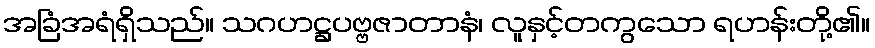
အခြံအရံရှိသည်။ သဂဟဋ္ဌပဗ္ဗဇာတာနံ၊ လူနှင့်တကွသော ရဟန်းတို့၏။